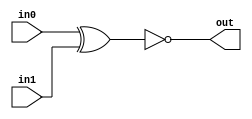
module TC_Equal(in0, in1, out);
    parameter UUID = 0;
    parameter NAME = "";
    parameter BIT_WIDTH = 1;
    input [BIT_WIDTH-1:0] in0;
    input [BIT_WIDTH-1:0] in1;
    output out;
    
    assign out = (in0 ^ in1) == {BIT_WIDTH{1'b0}};
endmodule